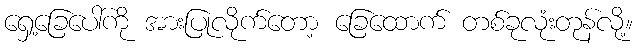
ရှေ့ခြေပေါ်ကို အားပြုလိုက်တော့ ခြေထောက် တစ်ခုလုံးတုန်လို့။